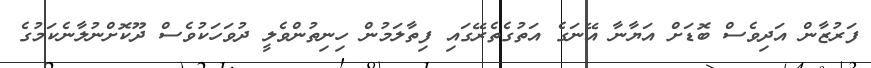
ފަރުޒާން އަދިވެސް ބޮޑަށް އަޔާނާ އޭނަގެ އަތުގެތެރޭގައި ފިތާލަމުން ހިނިތުންވެލީ ދުވަހަކުވެސް ދޫކޮށްނުލާނެކަމުގެ